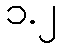
၁.၂